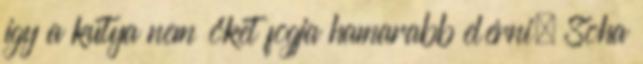
így a kutya nem őket fogja hamarabb elérni. Soha